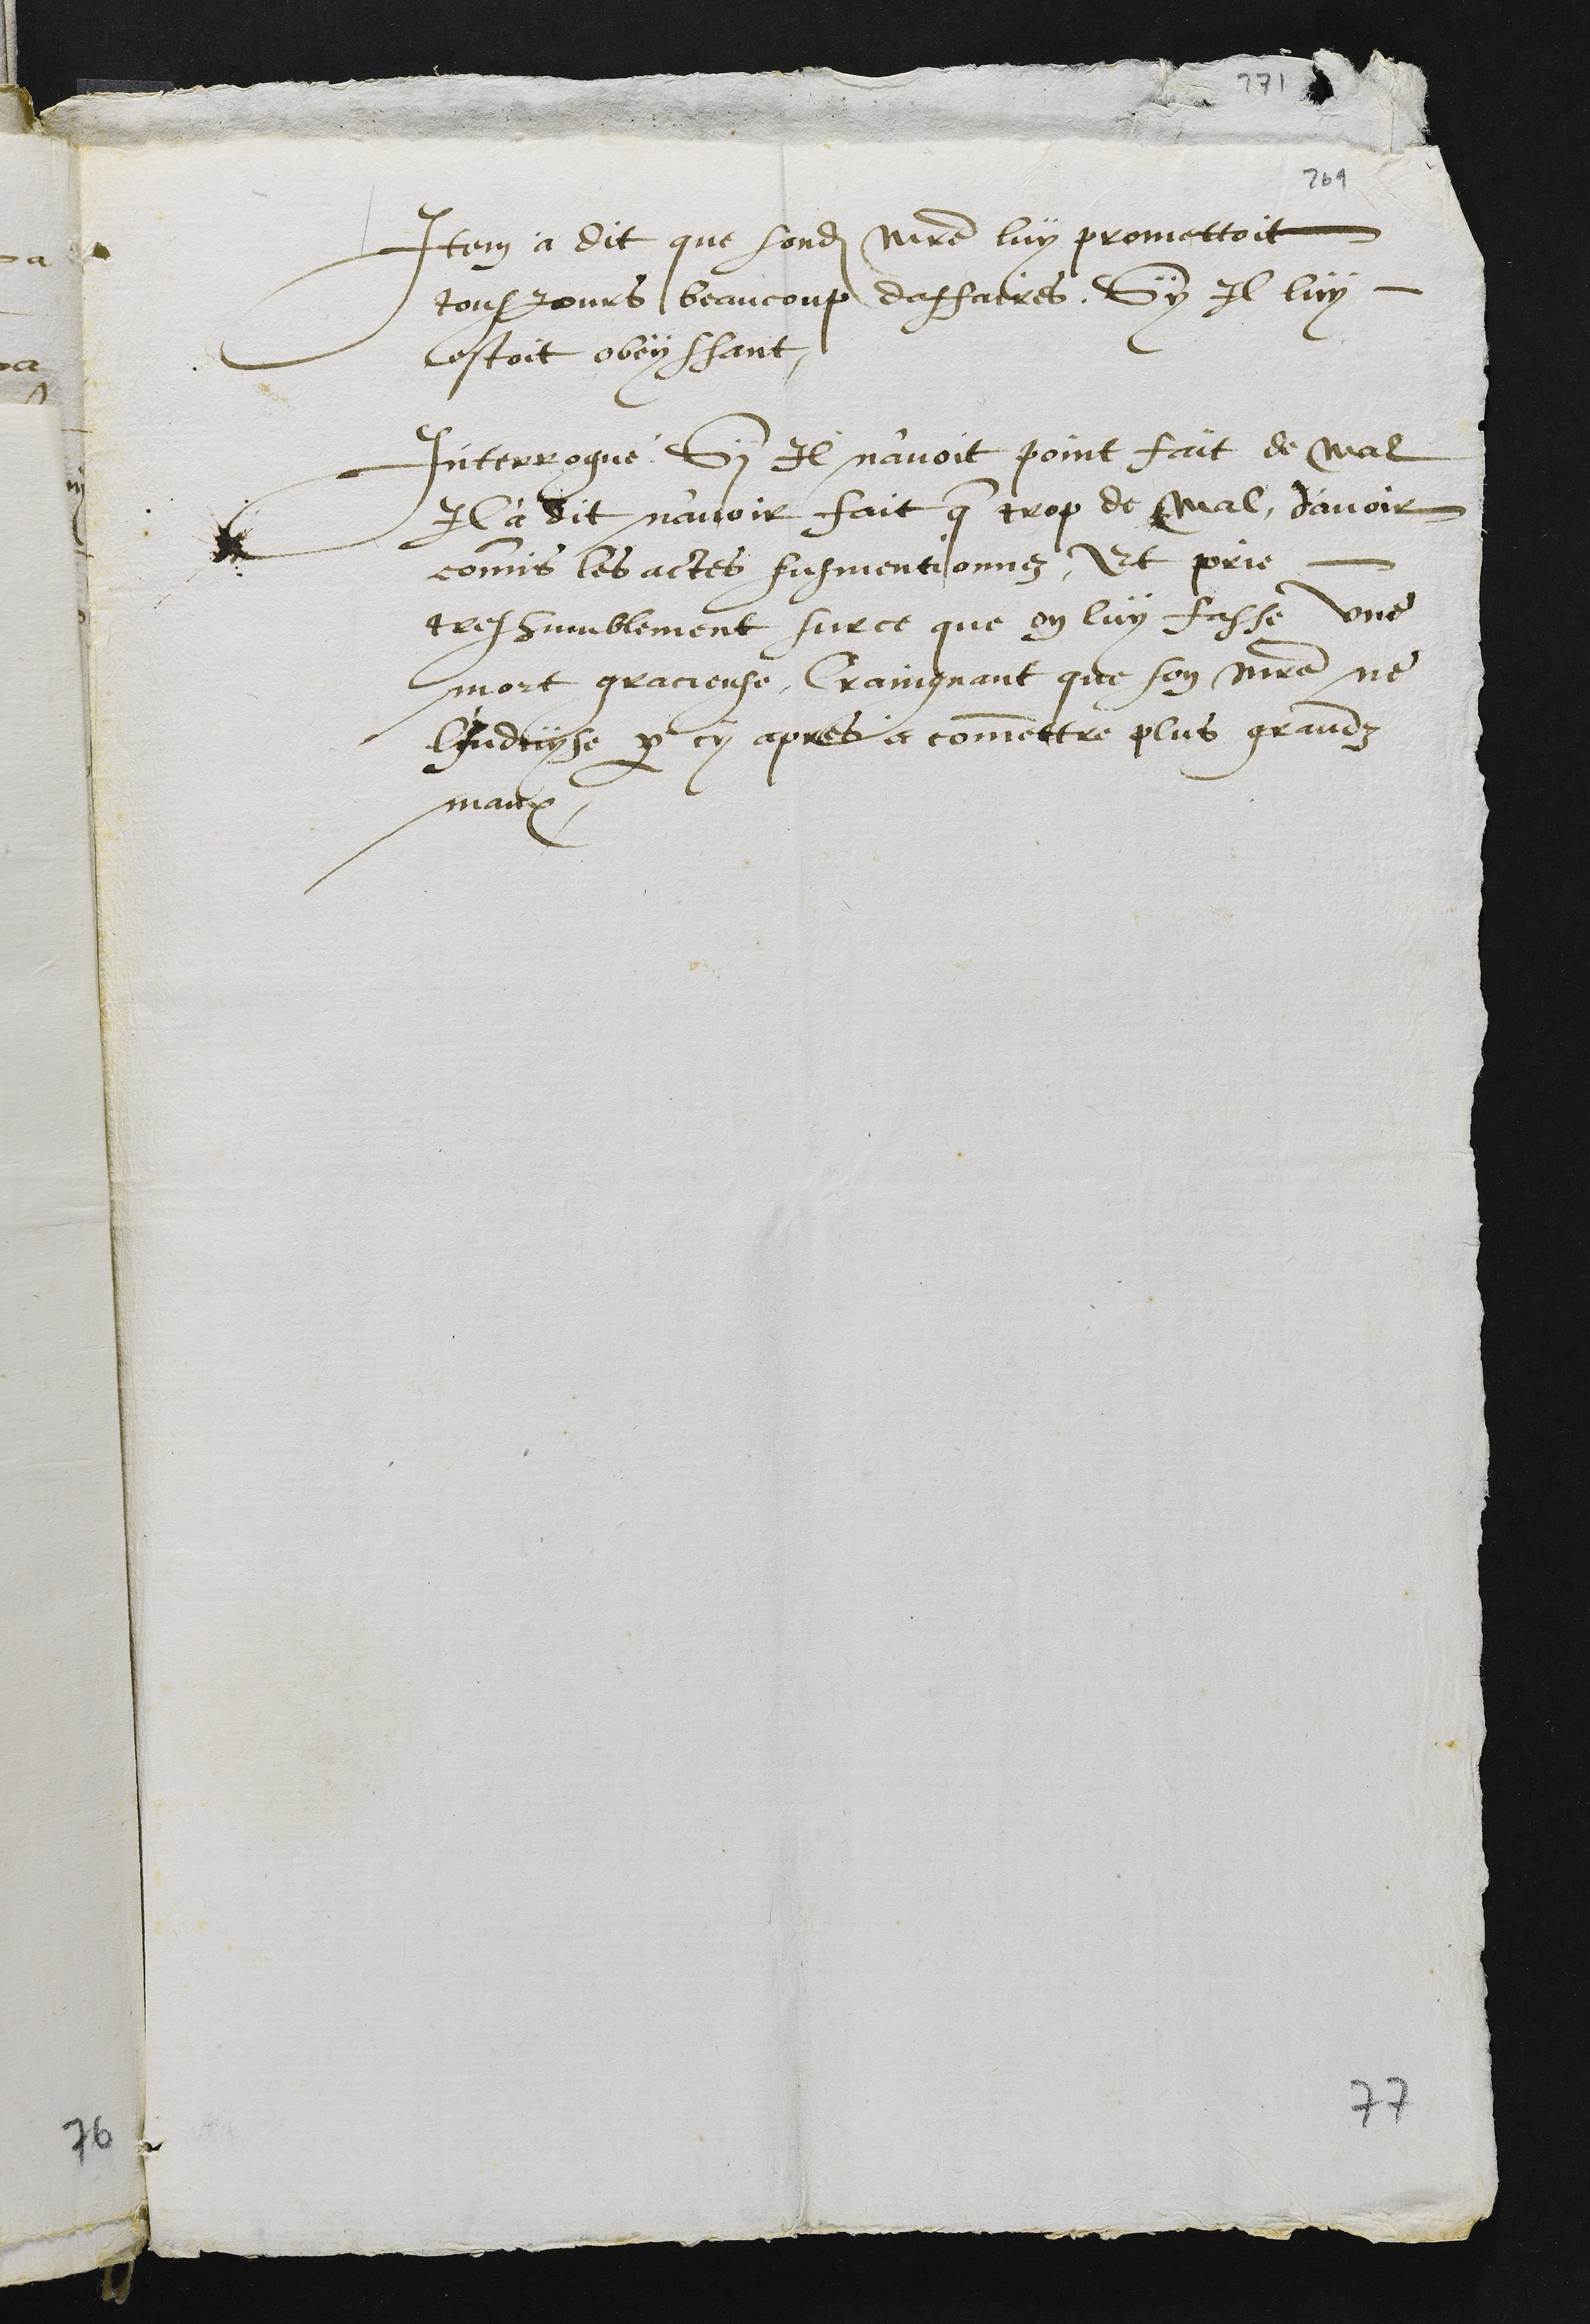
Item a dit que sondit maitre luy promettoit
tousjours beaucoup daffaires, Sy Il luy
estoit obeissant,
Interrogue si il n'avoit point fait de mal
Il à dit n'avoir fait que trop de mal, d'avoir
commis les actes susmentionnez, Et prie
tres humblement sur ce que on luy fasse une
mort gracieuse, craingnant que son maitre ne
l'Induyse par cy apres a commettre plus grandz
maulx,

77